Report on the bubonic plague in Bombay, 1896-1897
Year: 1896
Disease focus: Plague
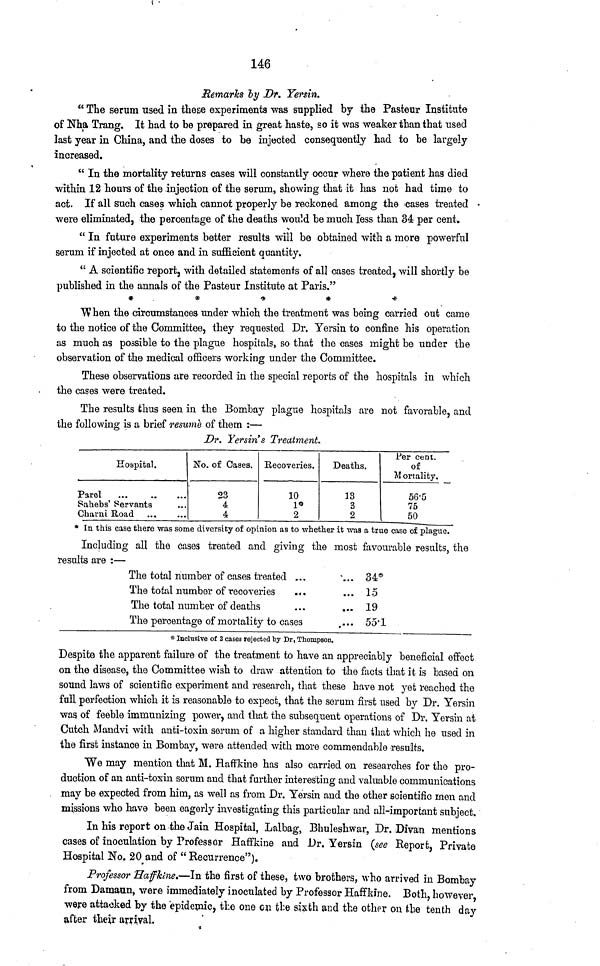
146
Remarks by Dr. Yersin.
"The serum used in these experiments was supplied by the Pasteur Institute
of Nha Trang. It had to be prepared in great haste, so it was weaker than that used
last year in China, and the doses to be injected consequently had to be largely
increased.
"In the mortality returns cases will constantly occur where the patient has died
within 12 hours of the injection of the serum, showing that it has not had time to
act. If all such cases which cannot properly be reckoned among the cases treated
were eliminated, the percentage of the deaths would be much less than 34 per cent.
"In future experiments better results will be obtained with a more powerful
serum if injected at once and in sufficient quantity.
"A scientific report, with detailed statements of all cases treated, will shortly be
published in the annals of the Pasteur Institute at Paris."
*
*
*
"When the circumstances under which the treatment was being carried out came
to the notice of the Committee, they requested Dr. Yersin to confine his operation
as much as possible to the plague hospitals, so that the cases might be under the
observation of the medical officers working under the Committee.
These observations are recorded in the special reports of the hospitals in which
the cases were treated.
The results thus seen in the Bombay plague hospitals are not favorable, and
the following is a brief resume of them :—
Dr. Yersin's Treatment.
Hospital.
Parel
...
...
...
Sahebs' Servants
Charni Road
No. of Cases.
23
4
4
Recoveries.
10
1
2
Deaths.
13
3
2
Per cent.
of
Mortality.
56.5
75
50
* In this case there was some diversity of opinion as to whether it was a true case of plague.
Including all the cases treated and giving the most favourable results, the
results are :—
The total number of cases treated ...
The total number of recoveries
The total number of deaths
The percentage of mortality to cases
... 34*
... 15
... 19
... 55.1
* Inclusive of 3 cases rejected by Dr. Thompson.
Despite the apparent failure of the treatment to have an appreciably beneficial effect
on the disease, the Committee wish to draw attention to the facts that it is based on
sound laws of scientific experiment and research, that these have not yet reached the
full perfection which it is reasonable to expect, that the serum first used by Dr. Yersin
was of feeble immunizing power, and that the subsequent operations of Dr. Yersin at
Cutch Mandvi with anti-toxin serum of a higher standard than that which he used in
the first instance in Bombay, were attended with more commendable results.
We may mention that M. Haffkine has also carried on researches for the pro-
duction of an anti-toxin serum and that further interesting and valuable communications
may be expected from him, as well as from Dr. Yersin and the other scientific men and
missions who have been eagerly investigating this particular and all-important subject.
In his report on the Jain Hospital, Lalbag, Bhuleshwar, Dr. Divan mentions
cases of inoculation by Professor Haffkine and Dr. Yersin (see Report, Private
Hospital No. 20 and of "Recurrence").
Professor Haffkine.—In the first of these, two brothers, who arrived in Bombay
from Damaun, were immediately inoculated by Professor Haffkine. Both, however
were attacked by the epidemic, the one ou the sixth and the other on the tenth day
after their arrival.